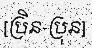
[ប្រិន-ប្រុន]